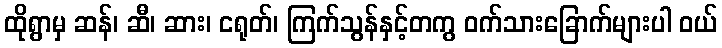
ထိုရွာမှ ဆန်၊ ဆီ၊ ဆား၊ ငရုတ်၊ ကြက်သွန်နှင့်တကွ ဝက်သားခြောက်များပါ ဝယ်